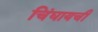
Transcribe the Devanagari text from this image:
चिंघायची